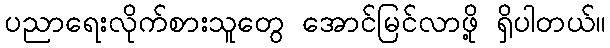
ပညာရေးလိုက်စားသူတွေ အောင်မြင်လာဖို့ ရှိပါတယ်။